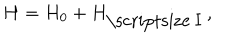
H = H _ { 0 } + H _ { \mathrm { \scriptsize ~ I } } \, ,